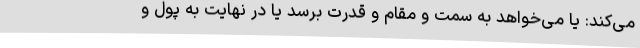
می‌کند: یا می‌خواهد به سمت و مقام و قدرت برسد یا در نهایت به پول و